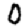
Digit: 0